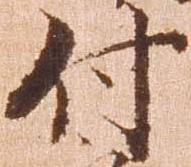
付